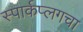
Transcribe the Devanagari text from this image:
स्पार्कप्लगचा